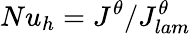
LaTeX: Nu_{h}=J^{\theta}/J_{lam}^{\theta}